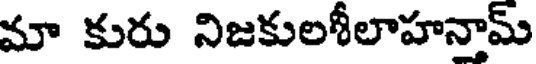
మా కురు నిజకులశీలాహనామ్